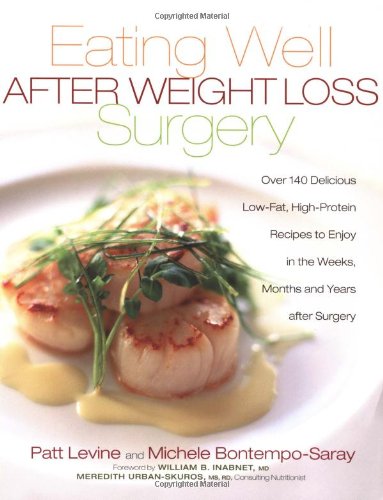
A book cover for Eating Well After Weight Loss Surgery: Over 140 Delicious Low-Fat High-Protein Recipes to Enjoy in the Weeks, Months and Years After Surgery; Patt Levine; Cookbooks, Food & Wine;